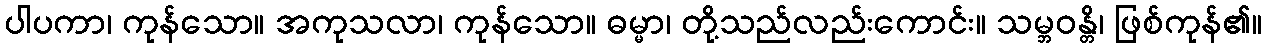
ပါပကာ၊ ကုန်သော။ အကုသလာ၊ ကုန်သော။ ဓမ္မာ၊ တို့သည်လည်းကောင်း။ သမ္ဘဝန္တိ၊ ဖြစ်ကုန်၏။